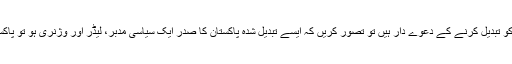
وزیراعظم عمران خان پاکستان کو تبدیل کرنے کے دعوے دار ہیں تو تصور کریں کہ ایسے تبدیل شدہ پاکستان کا صدر ایک سیاسی مدبر، لیڈر اور وژنری ہو تو پاکستان کہاں سے کہاں پہنچ جائے۔